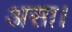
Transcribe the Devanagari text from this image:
असा।